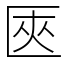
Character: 匧